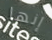
إنها